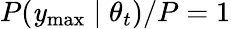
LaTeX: P(\mathit{y}_{\mathrm{{max}}}\mid\theta_{t})/P=1